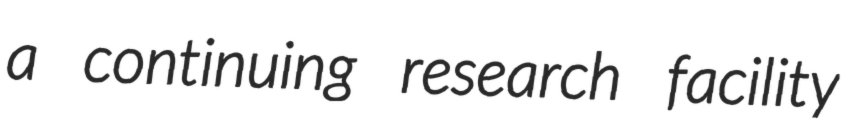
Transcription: a continuing research facility